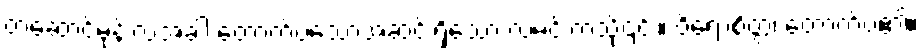
တံဆောင်မုန်းလအခါ တောက်ပသောအဆင်းရှိသော လမင်းကဲ့သို့၎င်း။ ဝိရောစိတ္တ၊ တောက်ပ၏။